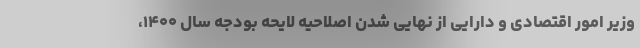
وزیر امور اقتصادی و دارایی از نهایی شدن اصلاحیه لایحه بودجه سال ۱۴۰۰،